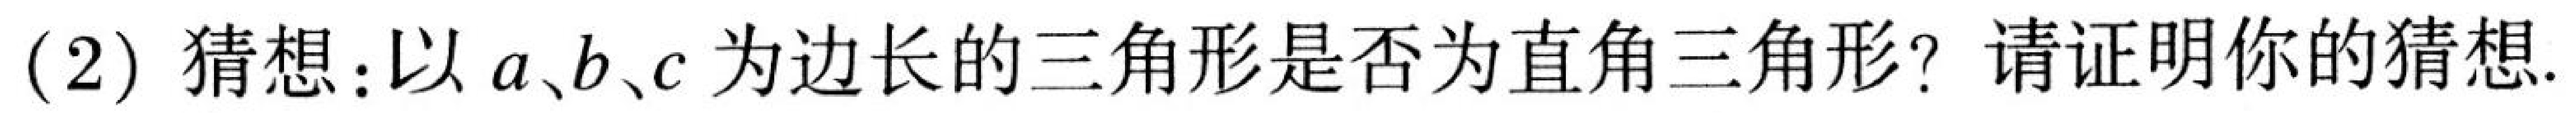
(2)猜想：以\(a、b、c\)为边长的三角形是否为直角三角形？请证明你的猜想.